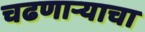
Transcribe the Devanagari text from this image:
चढणार्‍याचा